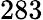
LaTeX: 283